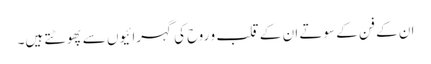
ان کے فن کے سوتے ان کے قلب و روح کی گہرائیوں سے پھوٹتے ہیں۔